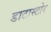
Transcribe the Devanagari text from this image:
डाटास्टोर